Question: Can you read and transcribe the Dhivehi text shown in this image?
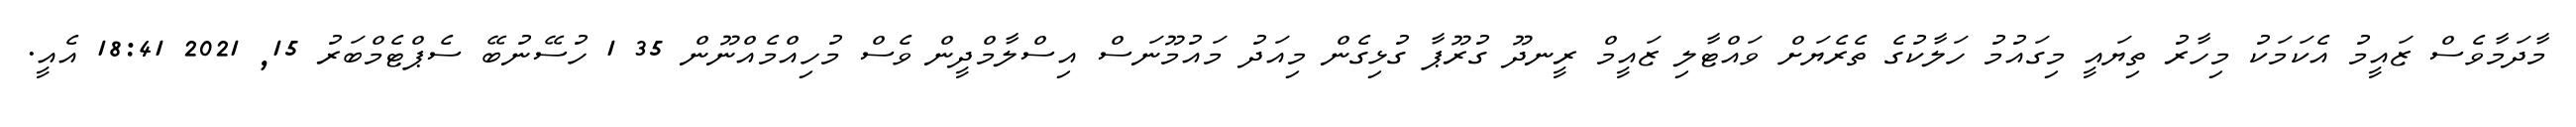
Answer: މާދަމާވެސް ޒައީމު އެކަމަކު މިހާރު ތިޔައީ މިގައުމު ހަލާކުގެ ތެރެޔަށް ވައްޓާލި ޒައީމް ރީނދޫ ގުރޫޕާ ގުޅިގެން މިއަދު މައުމޫނަސް އިސްލާމްދީން ވެސް މުހިއްމެއްނޫން 35 1 ހުސޭނުބޭ ސެޕްޓެމްބަރު 15, 2021 18:41 އެއީ.